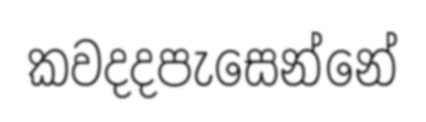
කවදදපැසෙන්නේ